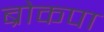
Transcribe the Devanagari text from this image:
ब्रोकपा